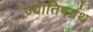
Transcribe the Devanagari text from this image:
ज्यातिषग्रंथ